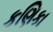
કણિકા